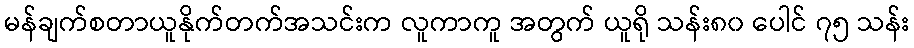
မန်ချက်စတာယူနိုက်တက်အသင်းက လူကာကူ အတွက် ယူရို သန်း၈၀ ပေါင် ၇၅ သန်း